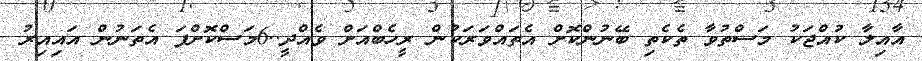
އާއިލާ ކުއްޖަކު މަސްތުވާ ތެކެތި ބޭނުންކޮށް އެތައްވަރަކުން ރީހެބްއަަށް ވެއްދީ..6މަސްކޮށްފަ އެތަނުން އައިއިރު